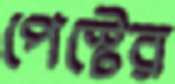
পেস্টের